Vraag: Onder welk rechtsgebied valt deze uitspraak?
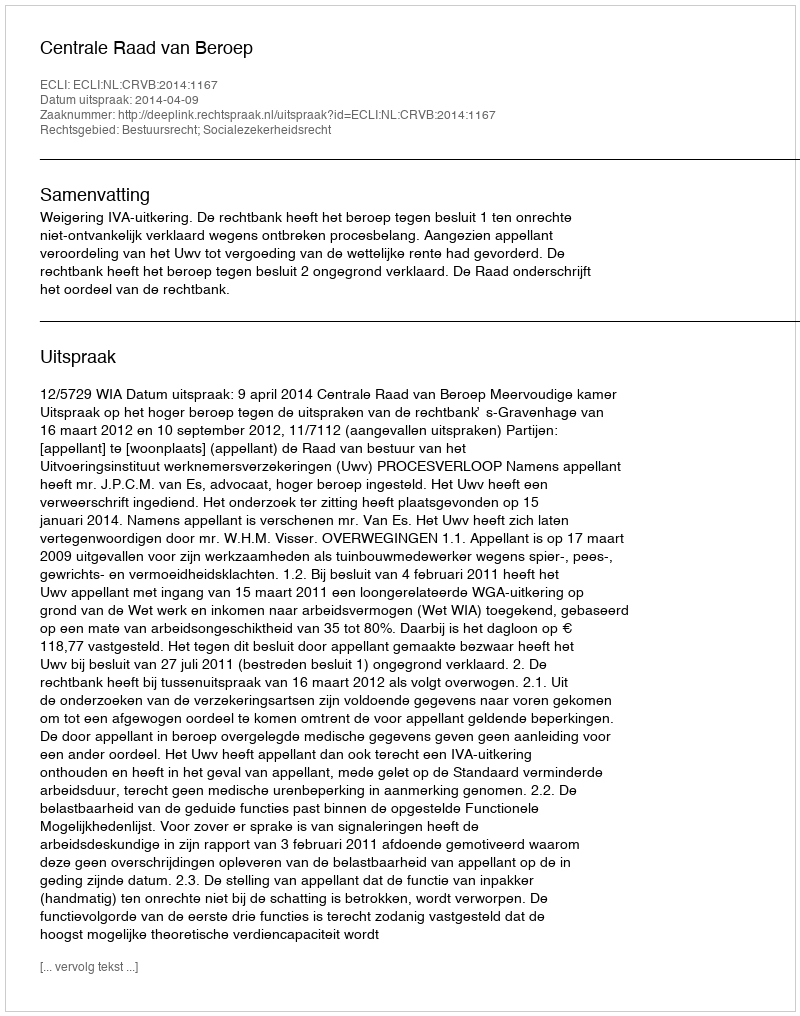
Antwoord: Bestuursrecht; Socialezekerheidsrecht